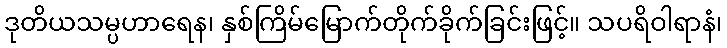
ဒုတိယသမ္ပဟာရေန၊ နှစ်ကြိမ်မြောက်တိုက်ခိုက်ခြင်းဖြင့်။ သပရိဝါရာနံ၊